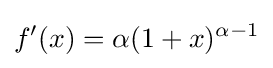
f'(x)=\alpha (1+x)^{\alpha -1}